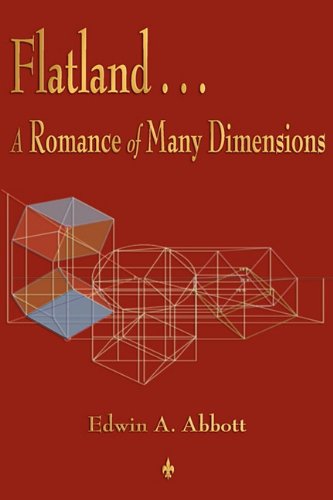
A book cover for Flatland: A Romance of Many Dimensions; Edwin A. Abbott; Science & Math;